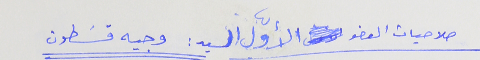
صلاحيات العضو الاوّل السيد : وجيه قسَطون